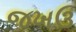
જખઉ